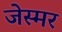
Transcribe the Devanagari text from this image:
जेस्मर